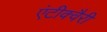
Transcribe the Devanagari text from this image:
एंटीक्वैरी